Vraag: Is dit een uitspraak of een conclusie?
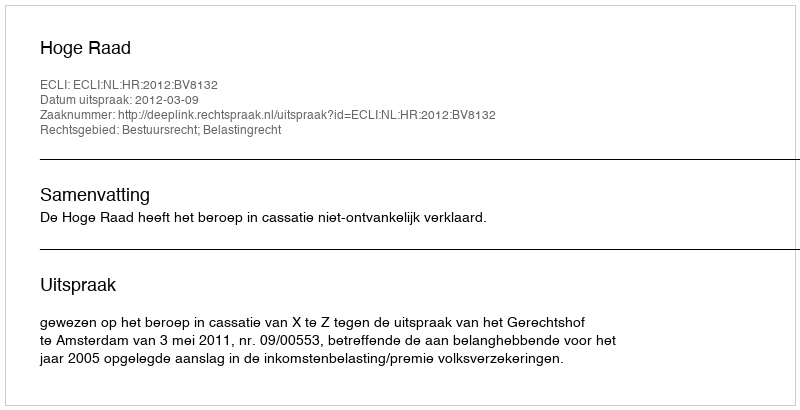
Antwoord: Uitspraak